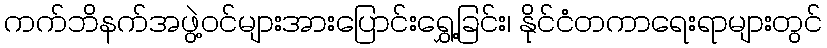
ကက်ဘိနက်အဖွဲ့ဝင်များအားပြောင်းရွှေ့ခြင်း၊ နိုင်ငံတကာရေးရာများတွင်